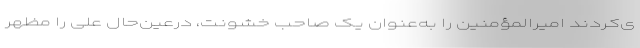
ی‌کردند امیرالمؤمنین را به‌عنوان یک صاحب خشونت، درعین‌حال علی را مظهر